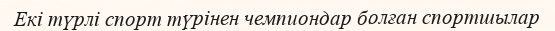
Екі түрлі спорт түрінен чемпиондар болған спортшылар